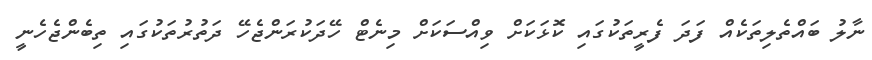
ނާލު ބައްތެލިތަކެއް ފަދަ ފެރީތަކުގައި ކޮޅަކަށް ވިއްސަކަށް މިނެޓް ހޭދަކުރަންޖެހޭ ދަތުރުތަކުގައި ތިބެންޖެހެނީ